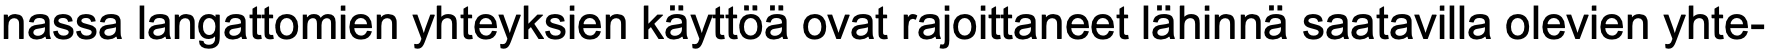
nassa langattomien yhteyksien käyttöä ovat rajoittaneet lähinnä saatavilla olevien yhte-